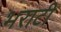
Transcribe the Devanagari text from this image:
भराटी